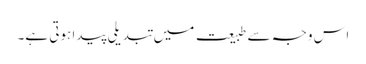
اس وجہ سے طبیعت میں تبدیلی پیدا ہوتی ہے۔